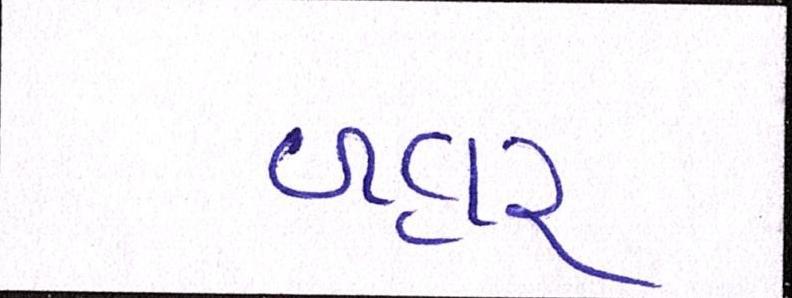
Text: બહાર